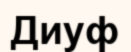
Диуф